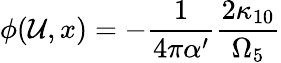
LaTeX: \phi(\mathcal{U},x)=-\frac{{1}}{{4\pi\alpha^{\prime}}}\frac{{2\kappa_{10}}}{{\Omega_{5}}}